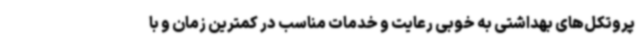
پروتکل‌های بهداشتی به خوبی رعایت و خدمات مناسب در کمترین زمان و با